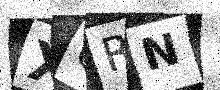
Text: X0RN